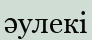
әулекі